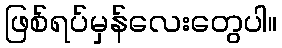
ဖြစ်ရပ်မှန်လေးတွေပါ။